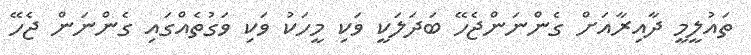
ތައުލީމީ ދާއިރާއަށް ގެންނަންޖެހޭ ބަދަލަކީ ވަކި މީހަކު ވަކި ވަގުތެއްގައި ގެންނަން ޖެހޭ